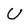
Character: U